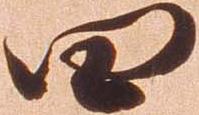
四